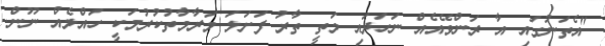
"އެތަނުގައި އާ ރަންވޭއެއް ނަހަދައި މަތީ ތާރު ފަށަލަ މަރާމާތުކުރުމަކީ ހައްލެއް ނޫން.